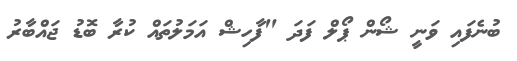
ބުނެފައި ވަނީ ޝޯން ޕޯލް ފަދަ "ފާހިޝް އަމަލުތައް ކުރާ ބޮޑު ޖައްބާރު